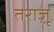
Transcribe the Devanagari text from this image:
तराज़ू़